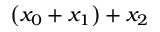
\left( x _ { 0 } + x _ { 1 } \right) + x _ { 2 }